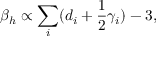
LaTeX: \beta _ { h } \propto \sum _ { i } ( d _ { i } + \frac { 1 } { 2 } \gamma _ { i } ) - 3 ,